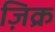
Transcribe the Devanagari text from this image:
ज़िक्र